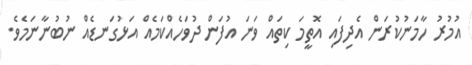
އުމުރު ހާމަނުކުރަން އެދިފައި އޮތީމަ ކިތައް ވަނަ އުފަން ދުވަހެއްކަމެއް އަޅުގަނޑެއް ނުބުނާނަމެވެ.